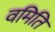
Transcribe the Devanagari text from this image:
वमिति